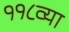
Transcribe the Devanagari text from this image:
११८व्या